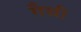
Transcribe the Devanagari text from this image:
गैची